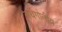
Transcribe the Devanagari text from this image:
अर्धगोलीय